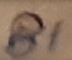
Text: B1